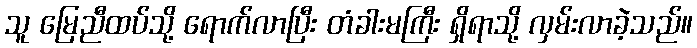
သူ မြေညီထပ်သို့ ရောက်လာပြီး တံခါးမကြီး ရှိရာသို့ လှမ်းလာခဲ့သည်။